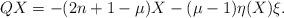
LaTeX: \begin{align*}QX=-(2n+1-\mu)X-(\mu-1)\eta(X)\xi.\end{align*}